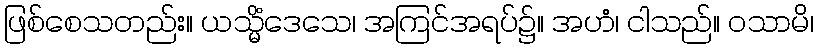
ဖြစ်စေသတည်း။ ယသ္မိံဒေသေ၊ အကြင်အရပ်၌။ အဟံ၊ ငါသည်။ ဝသာမိ၊